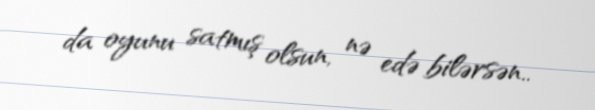
da oyunu satmış olsun, nə edə bilərsən..